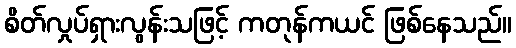
စိတ်လှုပ်ရှားလွန်းသဖြင့် ကတုန်ကယင် ဖြစ်နေသည်။